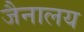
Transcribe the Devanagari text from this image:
जैनालय